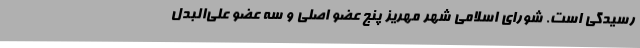
رسیدگی است. شورای اسلامی شهر مهریز پنج عضو اصلی و سه عضو علی‌البدل